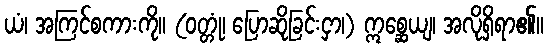
ယံ၊ အကြင်စကားကို။ (ဝတ္တုံ၊ ပြောဆိုခြင်းငှာ၊) ဣစ္ဆေယျ၊ အလိုရှိရာ၏။